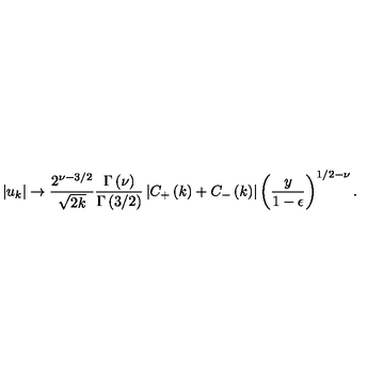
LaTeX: \left| u _ { k } \right| \rightarrow { \frac { 2 ^ { \nu - 3 / 2 } } { \sqrt { 2 k } } } { \frac { \Gamma \left( \nu \right) } { \Gamma \left( 3 / 2 \right) } } \left| C _ { + } \left( k \right) + C _ { - } \left( k \right) \right| \left( { \frac { y } { 1 - \epsilon } } \right) ^ { 1 / 2 - \nu } .